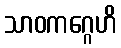
သာဝကဂ္ဂေဟိ